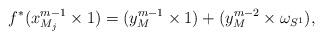
LaTeX: \begin{align*} f^*(x_{M_j}^{m-1}\times 1)=(y_M^{m-1}\times 1) + (y_M^{m-2}\times\omega_{S^1}), \end{align*}